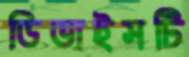
ডিভাইসটি